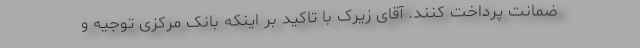
ضمانت پرداخت کنند. آقای زیرک با تاکید بر اینکه بانک مرکزی توجیه و